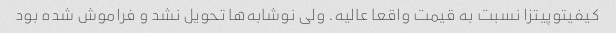
کیفیتوپیتزا نسبت به قیمت واقعا عالیه. ولی نوشابه‌ها تحویل نشد و فراموش شده بود